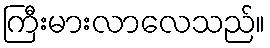
ကြီးမားလာလေသည်။